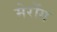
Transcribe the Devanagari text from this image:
मेरोंग